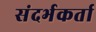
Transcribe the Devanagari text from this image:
संदर्भकर्ता